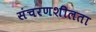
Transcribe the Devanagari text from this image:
संचरणशीलता